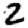
Digit: 2